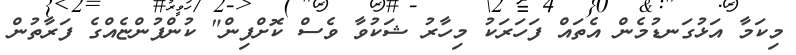
މިކަމާ އަޅުގަނޑުމެން އެތައް ފަހަރަކު މިހާރު ޝަކުވާ ވެސް ކޮށްފިން" ކުންފުންޏެއްގެ ފަރާތުން